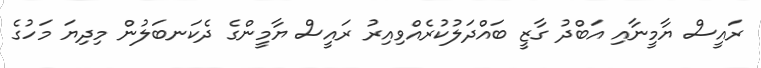
ރައީސް ޔާމީނާއި އަބްދު ގާޒީ ބައްދަލުކުރެއްވިއިރު ރައީސް ޔާާމީންގެ ދެކަނބަލުން މިދިޔަ މަހުގެ